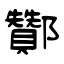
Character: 酇